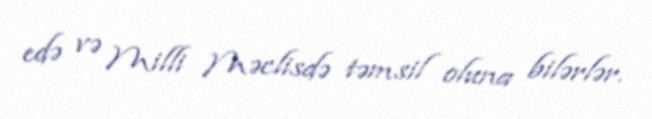
edə və Milli Məclisdə təmsil oluna bilərlər.